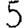
Digit: 5